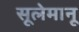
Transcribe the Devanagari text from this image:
सूलेमानू